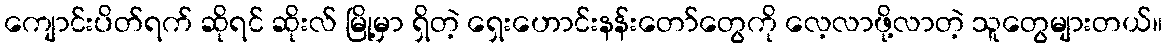
ကျောင်းပိတ်ရက် ဆိုရင် ဆိုးလ် မြို့မှာ ရှိတဲ့ ရှေးဟောင်းနန်းတော်တွေကို လေ့လာဖို့လာတဲ့ သူတွေများတယ်။